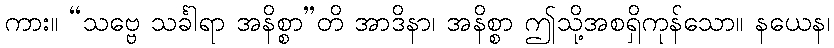
ကား။ “သဗ္ဗေ သင်္ခါရာ အနိစ္စာ”တိ အာဒိနာ၊ အနိစ္စာ ဤသို့အစရှိကုန်သော။ နယေန၊